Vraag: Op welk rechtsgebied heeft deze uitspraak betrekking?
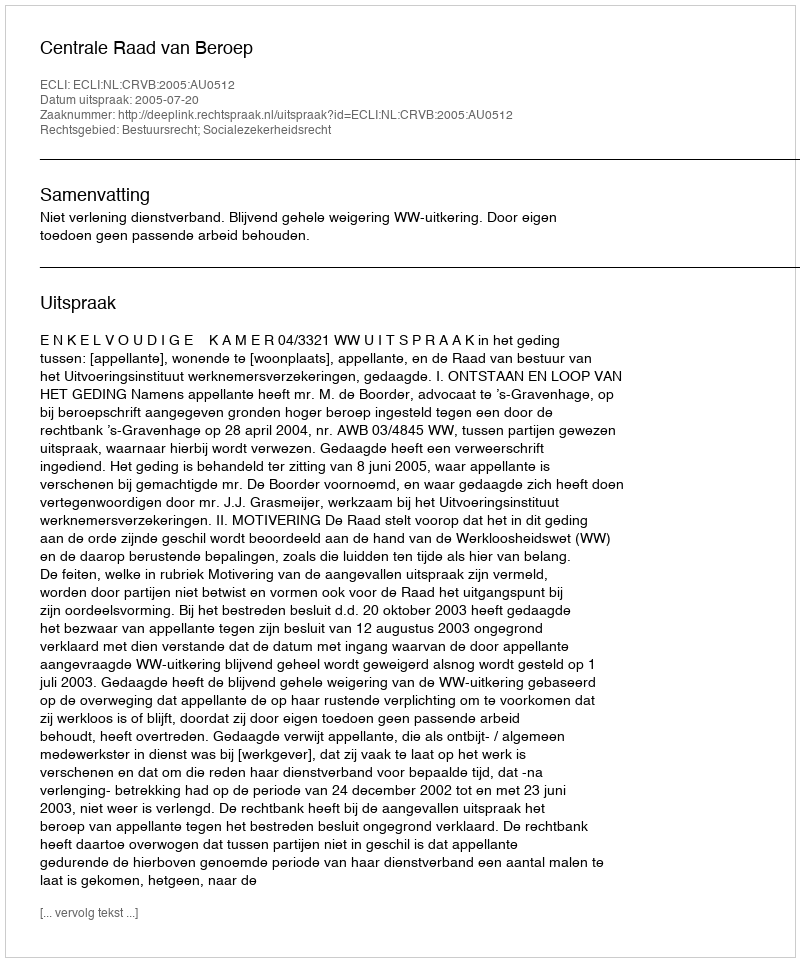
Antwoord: Bestuursrecht; Socialezekerheidsrecht